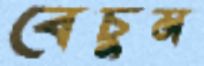
বেচুম